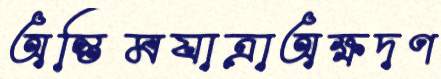
অন্তিমযাত্রাঅক্ষদণ